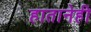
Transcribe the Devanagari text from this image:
हातानेही